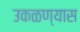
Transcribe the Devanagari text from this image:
उकळण्यास